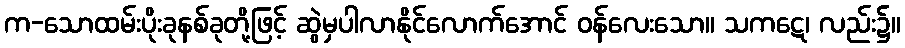
က-သောထမ်းပိုးခုနစ်ခုတို့ဖြင့် ဆွဲမှပါလာနိုင်လောက်အောင် ဝန်လေးသော။ သကဋေ၊ လည်း၌။